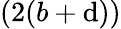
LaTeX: (2(b+\mathrm{d}))